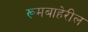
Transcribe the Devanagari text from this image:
रूमबाहेरील